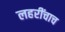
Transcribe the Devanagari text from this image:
लहरींचाच